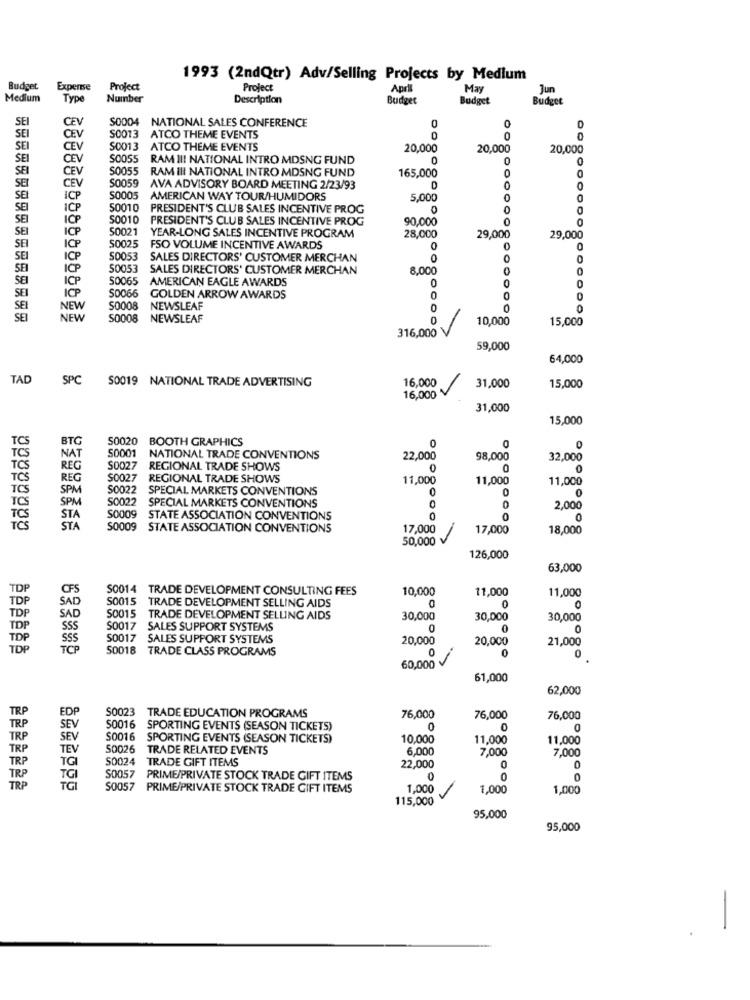
1993 (2ndQtr) Adv/Selling Projects by Medium
Budget
Experme
Project
Project
April
May
Jun
Medium
Typ
Number
Description
Budget
Budget
Budget
SE
CEV
S0004
0
S0013
NATIONAL SALES CONFERENCE
CEV
ATCO THEME EVENTS
0
SEI
CEV
S0013
ATCO THEME EVENTS
20,000
20,000
20,000
SEI
CEV
SO055
RAM II! NATIONAL INTRO MDSNG FUND
0
0
0
SEI
CEV
S0055
RAM III NATIONAL INTRO MDSNG FUND
165,000
0
SEI
CEV
S0059
AVA ADVISORY BOARD MEETING 2/23/93
0
SEI
ICP
S0005
AMERICAN WAY TOUR/HUMIDORS
5,000
ICP
50010
PRESIDENT'S CLUB SALES INCENTIVE PROG
0
ICP
50010
PRESIDENT'S CLUB SALES INCENTIVE PROG
90,000
ICP
50021
SEI
ICP
50025
YEAR-LONG SALES INCENTIVE PROGRAM
28,000
29,000
29,000
SEI
FSO VOLUME INCENTIVE AWARDS
0
0
0
SEI
ICP
50053
SALES DIRECTORS' CUSTOMER MERCHAN
0
SEI
ICP
50053
SALES DIRECTORS' CUSTOMER MERCHAN
8.000
0
0
SEI
ICP
50065
AMERICAN EAGLE AWARDS
0
0
SEI
ICP
S0066
GOLDEN ARROW AWARDS
0
SEI
NEW
50008
NEWSLEAF
0
SE
NEW
S0008
NEWSLEAF
0
10,000
15,000
316,000
IV
59,000
64,000
TAD
SPC
S0019 NATIONAL TRADE ADVERTISING
16,000
31,000
15,000
16,000
31,000
15,000
BTG
50020
BOOTH GRAPHICS
0
NAT
S0001
NATIONAL TRADE CONVENTIONS
22,000
98,000
32,000
TCS
REG
S0027
REGIONAL TRADE SHOWS
0
0
0
TCS
REG
S0027
REGIONAL TRADE SHOWS
11,000
11,000
11,000
TCS
SPM
S0022
SPECIAL MARKETS CONVENTIONS
0
SPM
S0022
0
SPECIAL MARKETS CONVENTIONS
0
2,000
TCS
STA
S0009
STATE ASSOCIATION CONVENTIONS
0
0
STA
S0009 STATE ASSOCIATION CONVENTIONS
17,000
17,000
18,000
50,000 v
126,000
63,000
TDP
CFS
S0014 TRADE DEVELOPMENT CONSULTING FEES
10,000
11,000
11,000
SAD
0
TDF
S0015 TRADE DEVELOPMENT SELLING AIDS
TDP
SAD
S0015 TRADE DEVELOPMENT SELLING AIDS
30,000
30,000
30,000
TDP
SSS
S0017 SALES SUPPORT SYSTEMS
0
0
TDP
SSS
50017 SALES SUPPORT SYSTEMS
20,000
20,000
21,000
TDP
TCP
50018 TRADE CLASS PROGRAMS
0
0
60,000
61,000
62,000
TRP
EDP
$0023
TRADE EDUCATION PROGRAMS
76,000
76,000
76,000
TRP
SEV
S0016
SPORTING EVENTS (SEASON TICKETS)
0
0
TRP
SEV
S0016
SPORTING EVENTS (SEASON TICKETS)
10,000
11,000
11,000
TRP
TEV
50026
TRADE RELATED EVENTS
6,000
7,000
7,000
TRP
TGI
S0024
TRADE GIFT ITEMS
22,000
0
0
TRP
TGI
S0057
PRIME/PRIVATE STOCK TRADE GIFT ITEMS
0
0
TRP
TGI
S0057 PRIME/PRIVATE STOCK TRADE GIFT ITEMS
1,000
1,000
1,000
115,000
95,000
95,000
-